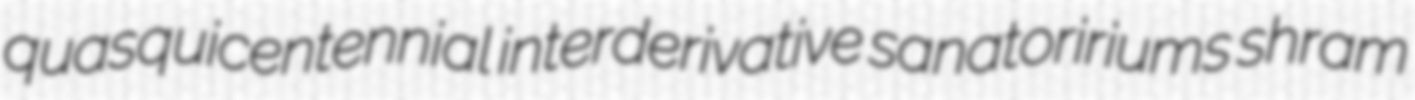
quasquicentennial interderivative sanatoririums shram